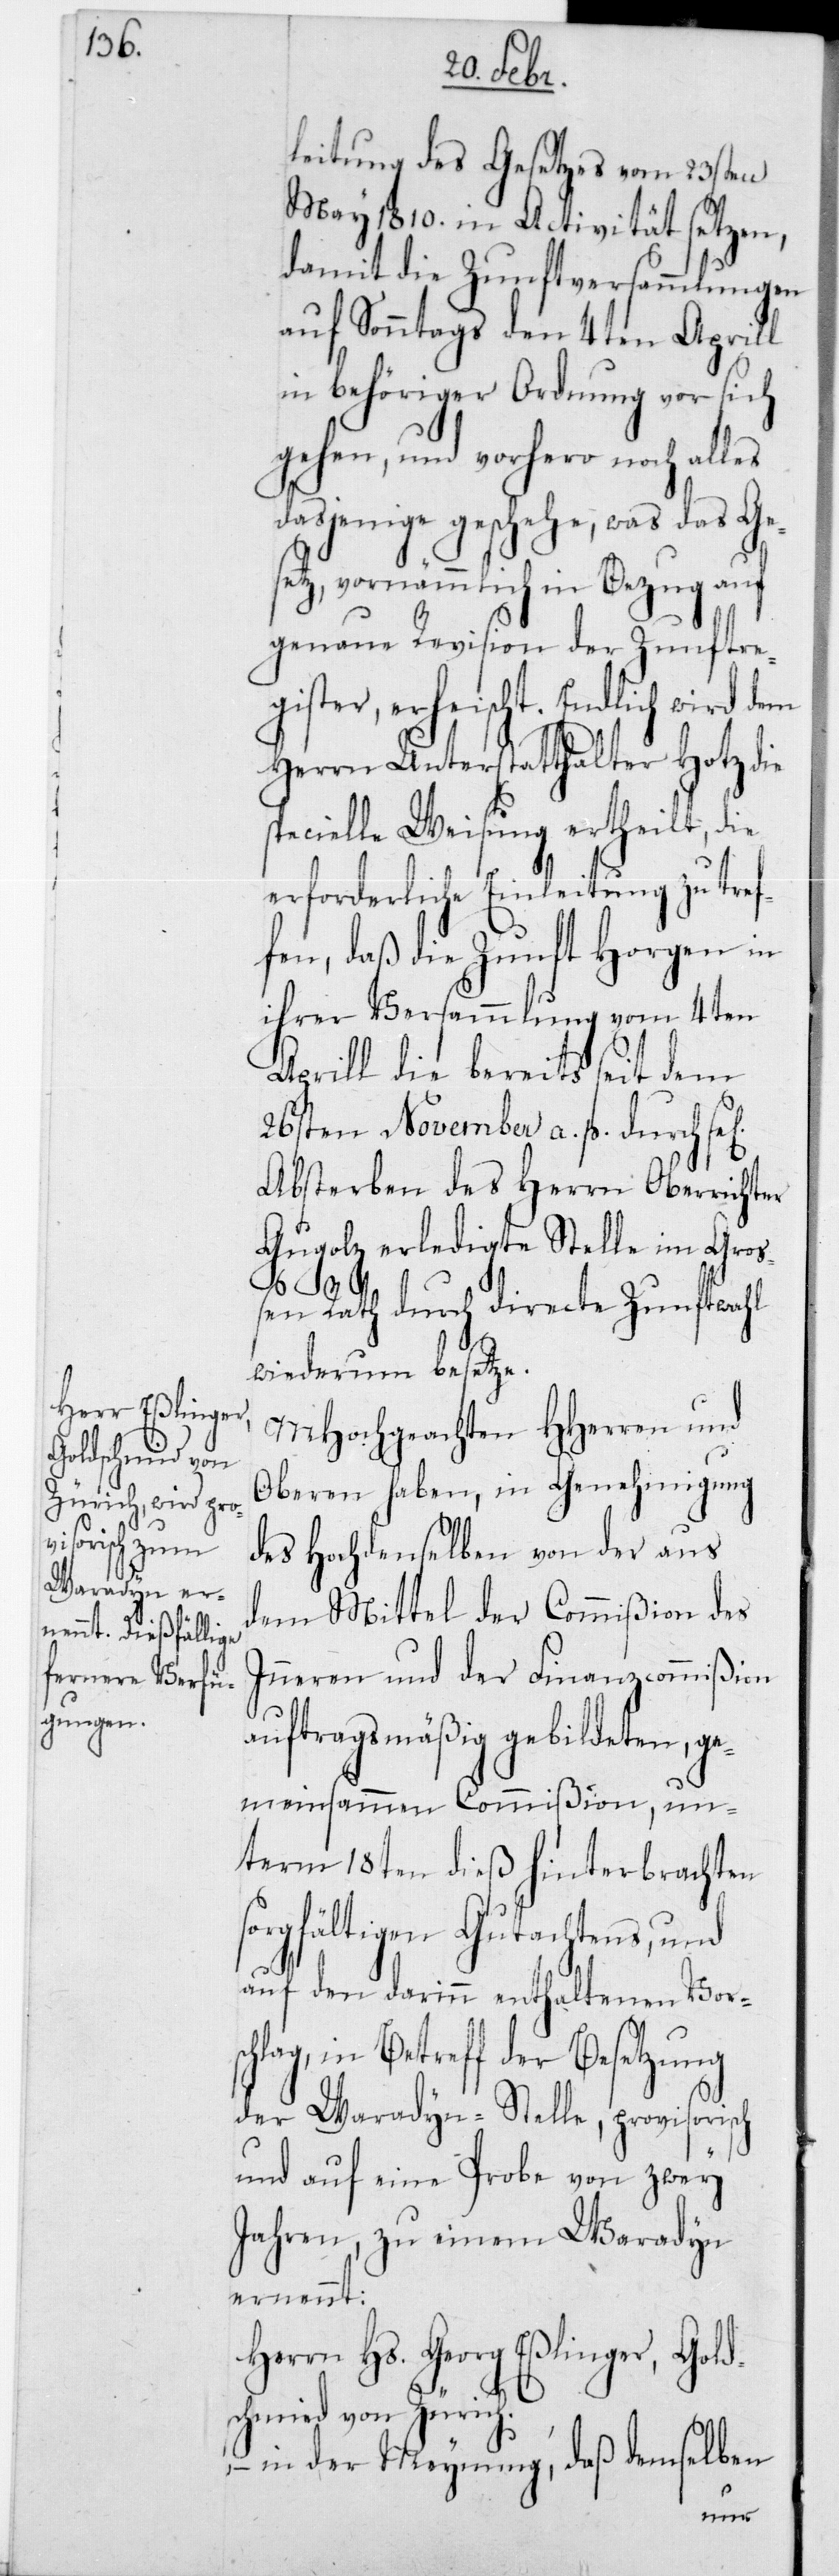
leitung des Gesetzes vom 23sten
May 1810 in Activität setzen,
damit die Zunftversammlungen
auf Sonntags den 4ten Aprill
in behöriger Ordnung vor sich
gehen, und vorhero noch alles
dasjenige geschehe, was das Ges¬
etz, vornämmlich in Bezug auf
genaue Revision der Zunftreg¬
ister, erheischt. Endlich wird dem
Herrn Unterstatthalter Hotz die
pecielle Weisung ertheilt, die
erforderliche Einleitung zu tref¬
fen, daß die Zunft Horgen in
ihrer Versammlung vom 4ten
Aprill die bereits seit dem
26sten November a. p. durch sel.
Absterben des Herrn Oberrichter
Gugolz erledigte Stelle im Gro¬
ßen Rath durch directe Zunftwahl
wiederum besetze.
MHochgeachten HHerren und
Oberen haben, in Genehmigung
des Hochdenselben von der aus
dem Mittel der Commißion des
Innern und der Finanzcommißion
auftragsmäßig gebildeten, ge¬
meinsammen Commißion, un¬
term 18ten dieß hinterbrachten
sorgfältigen Gutachtens, und
auf den darinn enthaltenen Vor¬
schlag, in Betreff der Besetzung
der Waradyn-Stelle, provisorisch
und auf eine Probe von zwey
Jahren, zu einem Waradyn
ernennt:
Herrn Hs. Georg Eßlinger, Gold¬
s¬
schmied von Zürich,
– in der Meynung, daß demselben